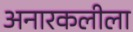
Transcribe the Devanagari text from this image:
अनारकलीला